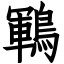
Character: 鶤